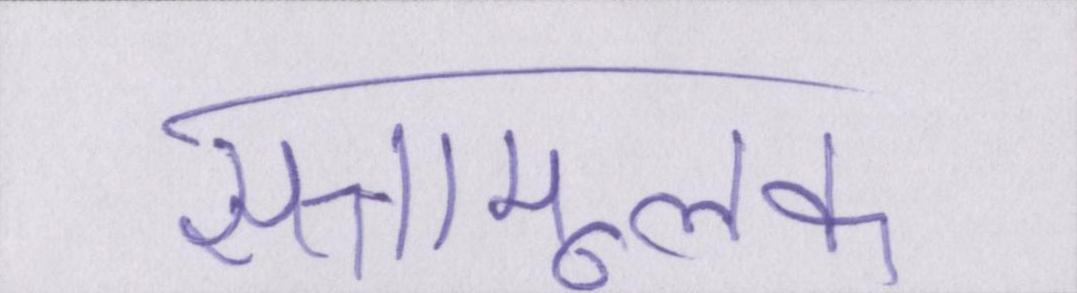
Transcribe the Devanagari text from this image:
सत्तामूलक